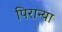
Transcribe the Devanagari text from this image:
पिरान्या